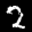
Label: 2